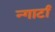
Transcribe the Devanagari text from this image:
न्गार्टा